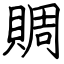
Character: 賙